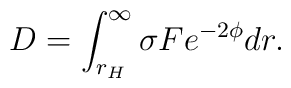
D=\int_{r_H}^\infty\sigma F e^{-2\phi}dr.